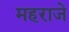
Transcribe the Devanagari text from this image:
महराजे